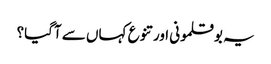
یہ بوقلمونی اور تنوع کہاں سے آگیا؟